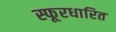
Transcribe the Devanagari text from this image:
स्फूरधारित